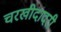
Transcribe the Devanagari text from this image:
चरखीदादरी